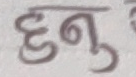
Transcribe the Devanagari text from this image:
हुनु